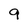
Character: 9